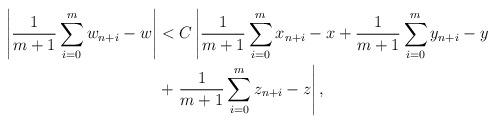
LaTeX: \begin{align*}\left|\frac{1}{m+1}\sum_{i=0}^mw_{n+i}-w\right|&<C\left|\frac{1}{m+1}\sum_{i=0}^mx_{n+i}-x+\frac{1}{m+1}\sum_{i=0}^my_{n+i}-y\right. \\&+\left.\frac{1}{m+1}\sum_{i=0}^mz_{n+i}-z\right|,\end{align*}